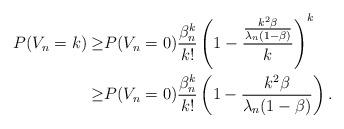
LaTeX: \begin{align*}P(V_n =k) \geq & P(V_n=0) \frac{\beta_n^k}{k!}\left(1 - \frac{\frac{k^2\beta}{\lambda_n(1-\beta)}}{k}\right)^k\\ \geq & P(V_n=0) \frac{\beta_n^k}{k!}\left(1 - \frac{k^2\beta}{\lambda_n(1-\beta)}\right). \end{align*}